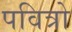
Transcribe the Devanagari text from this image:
पवित्रो